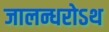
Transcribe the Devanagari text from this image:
जालन्धरोऽथ